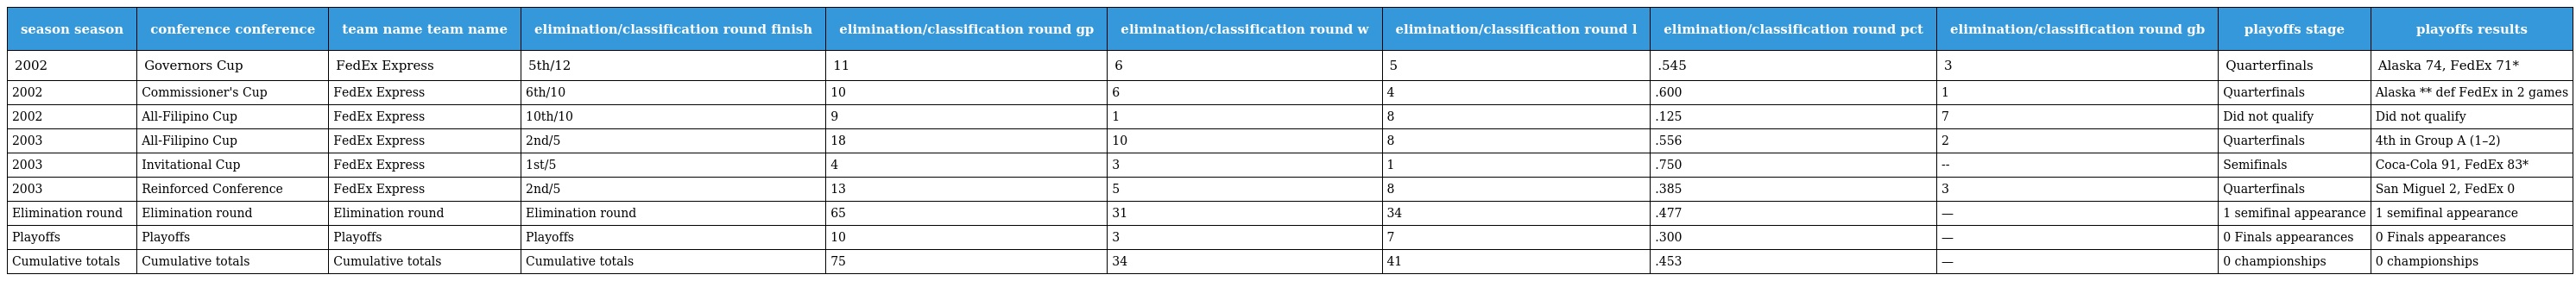
| season season | conference conference | team name team name | elimination/classification round finish | elimination/classification round gp | elimination/classification round w | elimination/classification round l | elimination/classification round pct | elimination/classification round gb | playoffs stage | playoffs results |
 | --- | --- | --- | --- | --- | --- | --- | --- | --- | --- | --- |
 | 2002 | Governors Cup | FedEx Express | 5th/12 | 11 | 6 | 5 | .545 | 3 | Quarterfinals | Alaska 74, FedEx 71* |
 | 2002 | Commissioner's Cup | FedEx Express | 6th/10 | 10 | 6 | 4 | .600 | 1 | Quarterfinals | Alaska ** def FedEx in 2 games |
 | 2002 | All-Filipino Cup | FedEx Express | 10th/10 | 9 | 1 | 8 | .125 | 7 | Did not qualify | Did not qualify |
 | 2003 | All-Filipino Cup | FedEx Express | 2nd/5 | 18 | 10 | 8 | .556 | 2 | Quarterfinals | 4th in Group A (1–2) |
 | 2003 | Invitational Cup | FedEx Express | 1st/5 | 4 | 3 | 1 | .750 | -- | Semifinals | Coca-Cola 91, FedEx 83* |
 | 2003 | Reinforced Conference | FedEx Express | 2nd/5 | 13 | 5 | 8 | .385 | 3 | Quarterfinals | San Miguel 2, FedEx 0 |
 | Elimination round | Elimination round | Elimination round | Elimination round | 65 | 31 | 34 | .477 | — | 1 semifinal appearance | 1 semifinal appearance |
 | Playoffs | Playoffs | Playoffs | Playoffs | 10 | 3 | 7 | .300 | — | 0 Finals appearances | 0 Finals appearances |
 | Cumulative totals | Cumulative totals | Cumulative totals | Cumulative totals | 75 | 34 | 41 | .453 | — | 0 championships | 0 championships |